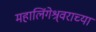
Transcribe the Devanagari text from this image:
महालिंगेश्र्वराच्या